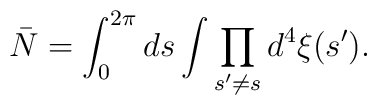
{\bar N} = \int_0^{2\pi} ds \int \prod_{s' \neq s} d^4\xi(s').